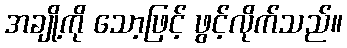
အချို့ကို သော့ဖြင့် ဖွင့်လိုက်သည်။